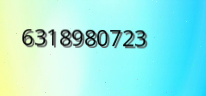
6318980723